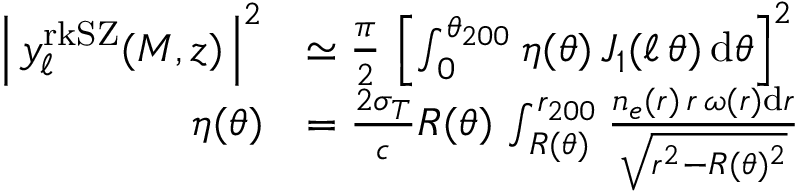
\begin{array} { r l } { \left| \, y _ { \ell } ^ { \mathrm { r k S Z } } ( M , z ) \, \right| ^ { 2 } } & { \simeq \frac { \pi } { 2 } \, \left[ \int _ { 0 } ^ { \theta _ { 2 0 0 } } \eta ( \theta ) \, J _ { 1 } ( \ell \, \theta ) \, \mathrm { d } \theta \right] ^ { 2 } } \\ { \eta ( \theta ) } & { = \frac { 2 \sigma _ { T } } { c } R ( \theta ) \, \int _ { R ( \theta ) } ^ { r _ { 2 0 0 } } \frac { n _ { e } ( r ) \, r \, \omega ( r ) \mathrm { d } r } { \sqrt { r ^ { 2 } - R ( \theta ) ^ { 2 } } } } \end{array}